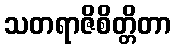
သတရာဇိစိတ္တိတာ